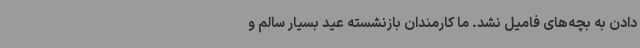
دادن به بچه‌های فامیل نشد. ما کارمندان بازنشسته عید بسیار سالم و